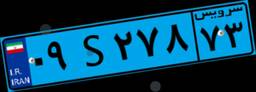
۸۸S۶۴۵۴۳